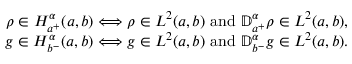
\begin{array} { r } { \rho \in { H _ { a ^ { + } } ^ { \alpha } ( a , b ) } \Longleftrightarrow \rho \in L ^ { 2 } ( a , b ) \mathrm { ~ a n d ~ } { \mathbb D } _ { a ^ { + } } ^ { \alpha } \rho \in L ^ { 2 } ( a , b ) , } \\ { g \in { H _ { b ^ { - } } ^ { \alpha } ( a , b ) } \Longleftrightarrow g \in L ^ { 2 } ( a , b ) \mathrm { ~ a n d ~ } { \mathbb D } _ { b ^ { - } } ^ { \alpha } g \in L ^ { 2 } ( a , b ) . } \end{array}